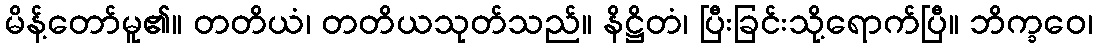
မိန့်တော်မူ၏။ တတိယံ၊ တတိယသုတ်သည်။ နိဋ္ဌိတံ၊ ပြီးခြင်းသို့ရောက်ပြီ။ ဘိက္ခဝေ၊